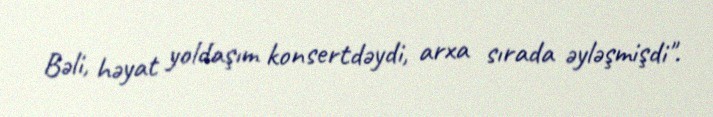
Bəli, həyat yoldaşım konsertdəydi, arxa sırada əyləşmişdi".